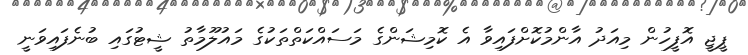
ޕީޖީ އޮފީހުން މިއަދު އާންމުކޮށްފައިވާ އެ ކޮމިޝަންގެ މަސައްކަތްތަކުގެ މައުލޫމާތު ޝީޓުގައި ބުނެފައިވަނީ